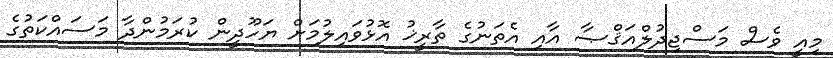
މިއީ ވެސް މަސްޖިދުލްއަޤްޞާ އާއި އެތަނުގެ ތާރީޚު އޮޅުވައިލުމަށް ޔަހޫދީން ކުރަމުންދާ މަސައްކަތުގެ